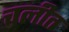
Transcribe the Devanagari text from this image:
चलीत